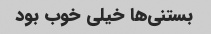
بستنی‌ها خیلی خوب بود